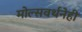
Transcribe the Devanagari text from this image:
मोल्सवर्थनेही